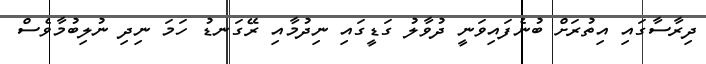
ދިރާސާގައި އިތުރަށް ބުނެފައިވަނީ ދުވާލު ގަޑީގައި ނިދުމާއި ރޭގަނޑު ހަމަ ނިދި ނުލިބުމާވެސް